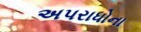
અપરાધોના